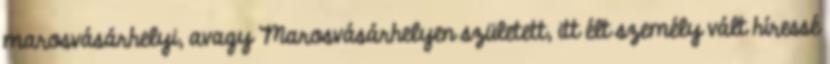
marosvásárhelyi, avagy Marosvásárhelyen született, itt élt személy vált híressé